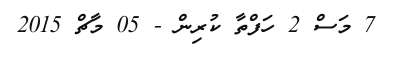
7 މަސް 2 ހަފްތާ ކުރިން - 05 މާޗް 2015